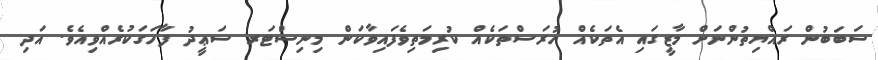
ސަބަބުން ރައްޔިތުންނަށް މާޒީގައި އެތަކެއް ހުރަސްތަކެއް ކުރިމަތިވެފައިވާކަން މިނިސްޓަރ ސަޢީދު ފާހަގަކުރެއްވިއެވެ. އަދި